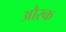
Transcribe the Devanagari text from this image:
औरक